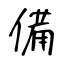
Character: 備